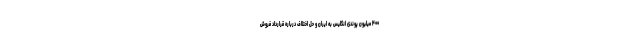
۴۰۰ میلیون پوندی انگلیس به ایران و حل اختلاف درباره قرارداد فروش